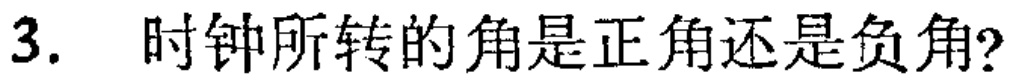
3. 时钟所转的角是正角还是负角?